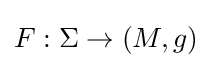
F:\Sigma \to (M,g)